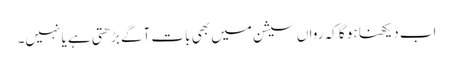
اب دیکھنا ہو گا کہ رواں سیشن میں بھی بات آگے بڑھتی ہے یا نہیں۔